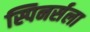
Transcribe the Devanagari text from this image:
स्पिनर्सला